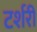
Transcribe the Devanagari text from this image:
टर्शरी